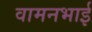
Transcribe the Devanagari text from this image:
वामनभाई